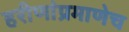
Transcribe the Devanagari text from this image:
हरीणांप्रमाणेच